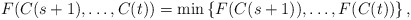
\begin{align*}F(C(s+1),\ldots,C(t)) = \min\left\{ F(C(s+1)),\ldots,F(C(t)) \right\},\end{align*}